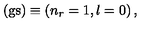
( \mathrm { g s } ) \equiv \left( n _ { r } = 1 , l = 0 \right) ,